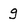
Character: g